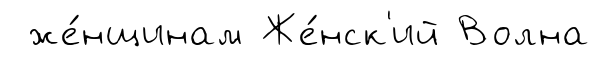
же́нщинам Же́нск'ий Волна